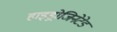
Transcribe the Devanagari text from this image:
हाइड्रोजिनेटेड